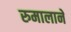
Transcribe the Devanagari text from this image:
रुमालाने